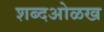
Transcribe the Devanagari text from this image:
शब्दओळख